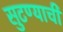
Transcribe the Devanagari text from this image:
सुटण्याची